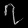
Digit: ၇